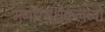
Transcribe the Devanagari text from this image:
भगीरथश्चैकलव्यो